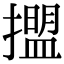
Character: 擝